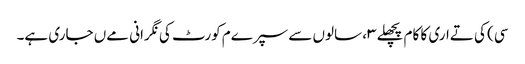
سی) کی تےاری کا کام پچھلے ۳، سالوں سے سپرےم کورٹ کی نگرانی مےں جاری ہے۔